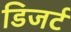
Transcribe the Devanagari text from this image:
डिजर्ट